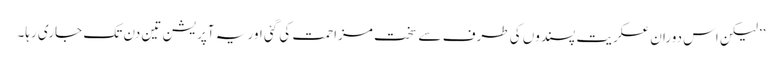
’’لیکن اس دوران عسکریت پسندوں کی طرف سے سخت مزاحمت کی گئی اور یہ آپریشن تین دن تک جاری رہا۔